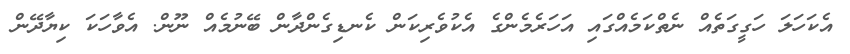
އެކަހަލަ ހަގީގަތެއް ނެތްކަމެއްގައި އަހަރެމެންގެ އެކުވެރިކަން ކެނޑިގެންދާން ބޭނުމެއް ނޫން. އެވާހަކަ ކިޔާދޭން